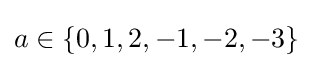
a\in \{0,1,2,-1,-2,-3\}